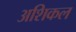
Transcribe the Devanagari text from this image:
अशिकल